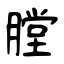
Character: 膛